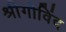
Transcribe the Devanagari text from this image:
श्रीगोविंद